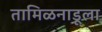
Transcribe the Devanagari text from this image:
तामिळनाडूला